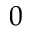
0